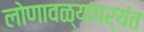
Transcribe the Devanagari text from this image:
लोणावळ्यापर्यंत